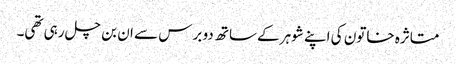
متاثرہ خاتون کی اپنے شوہر کےساتھ دو برس سے ان بن چل رہی تھی۔